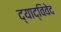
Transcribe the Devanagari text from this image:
द्याद्विवेद